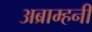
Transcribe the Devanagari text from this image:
अब्राम्हनी